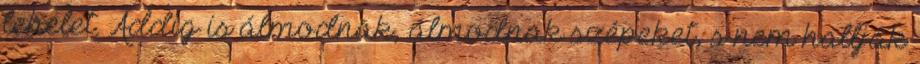
lehelet. Addig is álmodnak, álmodnak szépeket, s nem hallják